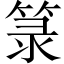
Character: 𥭼